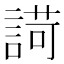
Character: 𧪆